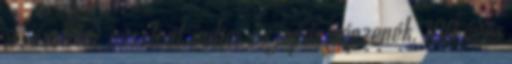
ír, ószirmi, ausztrál, indiai, és japán népzenék. 100 éves